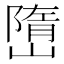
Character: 嶞